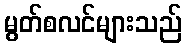
မွတ်စလင်များသည်